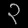
Digit: ၃